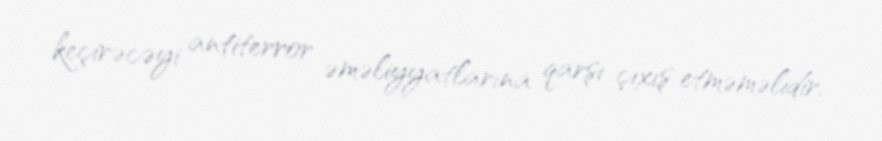
keçirəcəyi antiterror əməliyyatlarına qarşı çıxış etməməlidir.